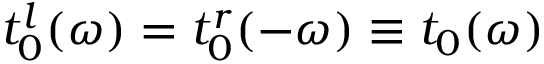
t _ { 0 } ^ { l } ( \omega ) = t _ { 0 } ^ { r } ( { - \omega } ) \equiv t _ { 0 } ( \omega )